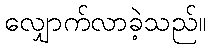
လျှောက်လာခဲ့သည်။